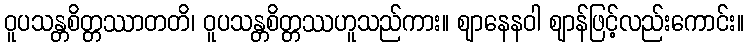
ဝူပသန္တစိတ္တဿာတတိ၊ ဝူပသန္တစိတ္တဿဟူသည်ကား။ ဈာနေနဝါ ဈာန်ဖြင့်လည်းကောင်း။